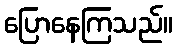
ပြောနေကြသည်။